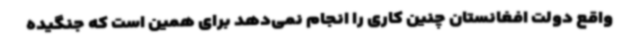
واقع دولت افغانستان چنین کاری را انجام نمی‌دهد برای همین است که جنگیده